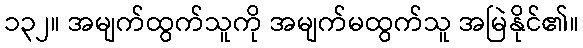
၁၃၂။ အမျက်ထွက်သူကို အမျက်မထွက်သူ အမြဲနိုင်၏။